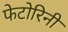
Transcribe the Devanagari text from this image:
फेटोरिनी